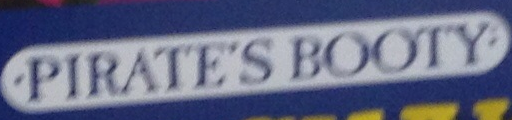
PIRATES BOOTY